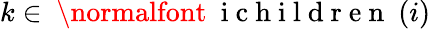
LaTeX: k\in\mathrm{~\normalfont~{~i~c~h~i~l~d~r~e~n~}~}(i)